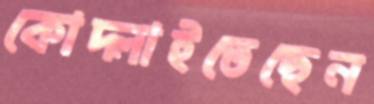
কোদ্‌লাইতেছেন